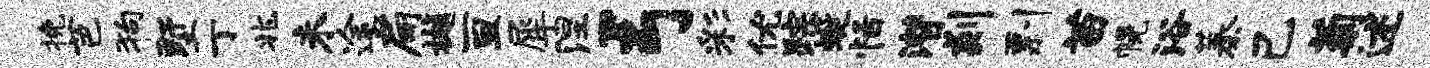
挽芭狗墅丁兆未途扁樾亘犀涅弓彩优踪蜒恬潜剡剽苗幌浴蓁己菊述